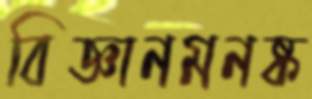
বিজ্ঞানমনষ্ক